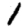
Digit: 1